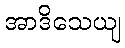
အာဒိသေယျ